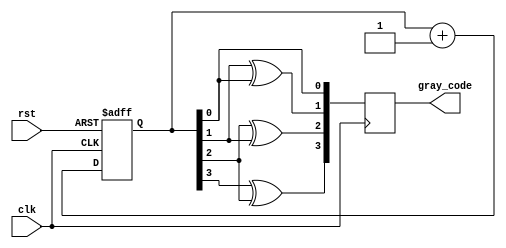
module Gray_counter_clock_divider(
    input wire clk,
    input wire rst,
    output reg [3:0] gray_code
);

reg [3:0] binary_counter;

// Timing control block
always @(posedge clk or posedge rst) begin
    if (rst) begin
        binary_counter <= 4'b0000;
    end else begin
        binary_counter <= binary_counter + 4'b0001;
    end
end

// Synchronization block
always @(posedge clk) begin
    gray_code <= {binary_counter[3] ^ binary_counter[2], binary_counter[2] ^ binary_counter[1], binary_counter[1] ^ binary_counter[0], binary_counter[0]};
end

endmodule